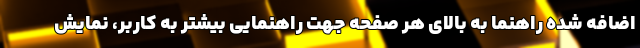
اضافه شده راهنما به بالای هر صفحه جهت راهنمایی بیشتر به کاربر، نمایش